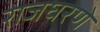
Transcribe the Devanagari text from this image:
राजघरणे